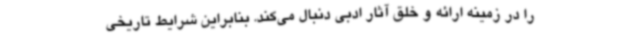
را در زمینه ارائه و خلق آثار ادبی دنبال می‌کند. بنابراین شرایط تاریخی